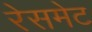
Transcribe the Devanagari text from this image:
रेसमेट